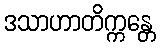
ဒသာဟာတိက္ကန္တေ